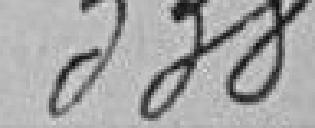
338